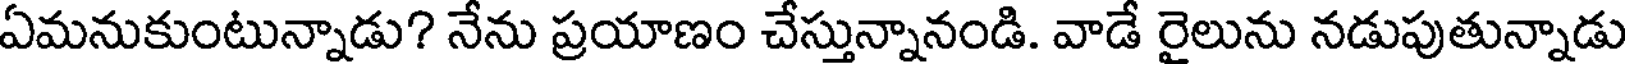
ఏమనుకుంటున్నాడు? నేను ప్రయాణం చేస్తున్నానండి. వాడే రైలును నడుపుతున్నాడు